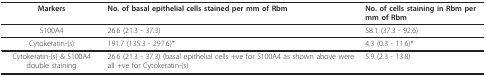
| Markers | No. of basal epithelial cells stained per mm of Rbm | No. of cells staining in Rbm per mm of Rbm |
 | --- | --- | --- |
 | S100A4 | 26.6 (21.3 - 37.3) | 58.1 (37.3 - 92.6) |
 | Cytokeratin-(s) | 191.7 (135.3 - 297.6)* | 4.3 (0.3 - 11.6)* |
 | Cytokeratin-(s) & S100A4 double staining | 26.6 (21.3 - 37.3) (basal epithelial cells +ve for S100A4 as shown above were all +ve for Cytokeratin-(s) | 5.9 (2.3 - 13.8) |